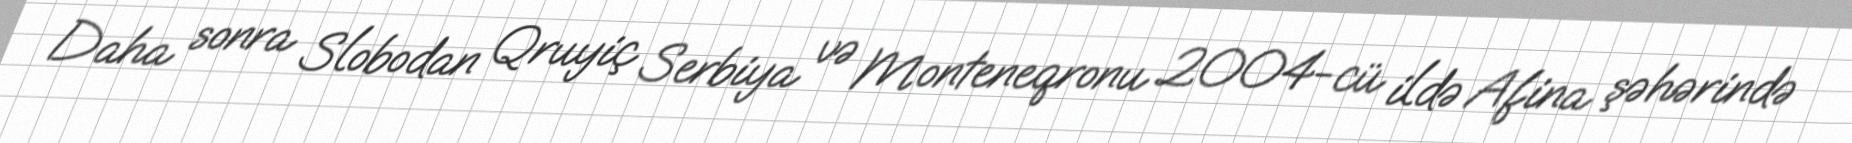
Daha sonra Slobodan Qruyiç Serbiya və Monteneqronu 2004-cü ildə Afina şəhərində